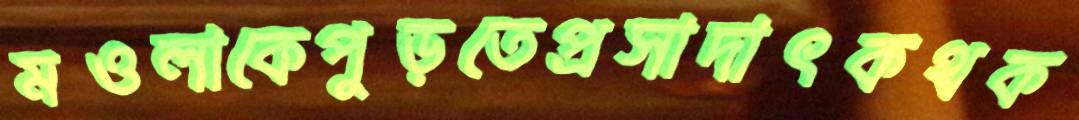
মওলাকেপুড়তেপ্রসাদাৎকথক